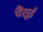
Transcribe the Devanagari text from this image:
चैंसूई